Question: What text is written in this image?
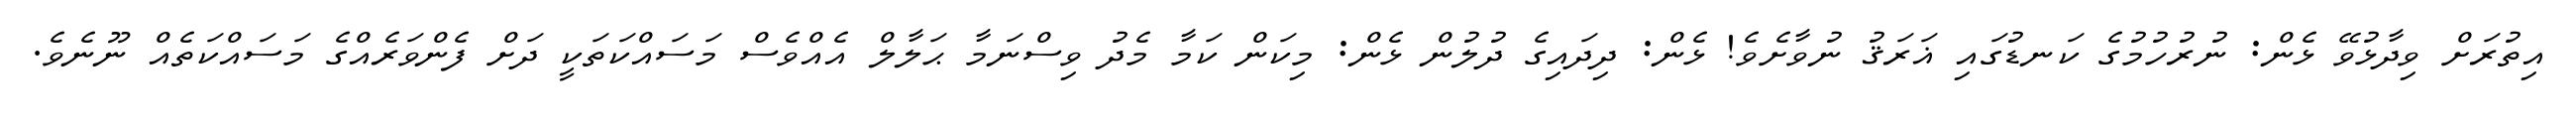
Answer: އިތުރަށް ވިދާޅުވޭ ޅެން: ނުރުހުމުގެ ކަނޑުގައި ޣަރަޤު ނުވާށެވެ! ޅެން: ދިދައިގެ ދުލުން ޅެން: މިކަން ކަމާ މެދު ވިސްނަމާ ޙަލާލް އެއްވެސް މަސައްކަތަކީ ދަށް ފެންވަރެއްގެ މަސައްކަތެއް ނޫނެވެ.